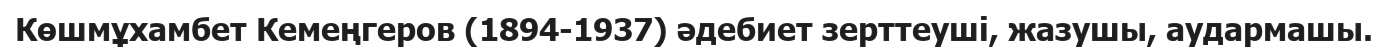
Көшмұхамбет Кемеңгеров (1894-1937) әдебиет зерттеуші, жазушы, аудармашы.